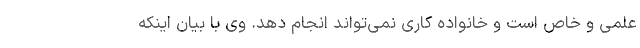
علمی و خاص است و خانواده کاری نمی‌تواند انجام دهد. وی با بیان اینکه